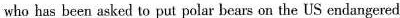
who has been asked to put polar bears on the US endangered